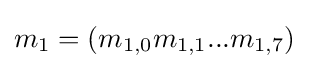
m_{1}=(m_{1,0}m_{1,1}...m_{1,7})